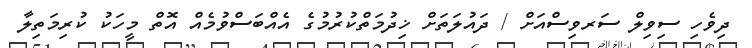
ދިވެހި ސިވިލް ސަރވިސްއަށް / ދައުލަތަށް ޚިދުމަތްކުރުމުގެ އެއްބަސްވުމެއް އޮތް މީހަކު ކުރިމަތިލާ